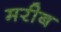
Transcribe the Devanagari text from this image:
मरीब